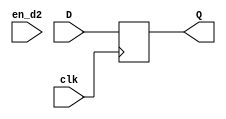
module smffb
  (
   input  clk,
   input  en_d2,
   input  D,
   output reg Q
   );
   always @ (posedge clk) begin
   	Q <= D;
   end
endmodule